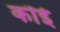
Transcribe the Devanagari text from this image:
कॊई